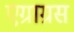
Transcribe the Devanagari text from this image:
एग्राग्रस